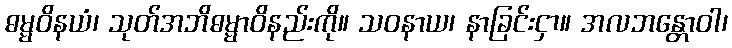
ဓမ္မဝိနယံ၊ သုတ်အဘိဓမ္မာဝိနည်းကို။ သဝနာယ၊ နာခြင်းငှာ။ အလဘန္တောဝါ၊